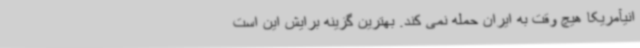
انیآمریکا هیچ وقت به ایران حمله نمی کند. بهترین گزینه برایش این است